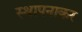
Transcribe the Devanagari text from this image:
स्थापनाकर